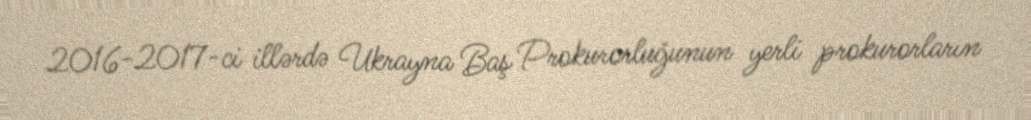
2016-2017-ci illərdə Ukrayna Baş Prokurorluğunun yerli prokurorların